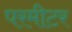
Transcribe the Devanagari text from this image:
परमीटर